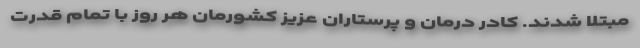
مبتلا شدند. کادر درمان و پرستاران عزیز کشورمان هر روز با تمام قدرت